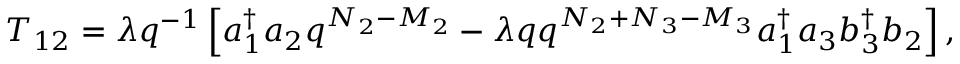
T _ { 1 2 } = \lambda q ^ { - 1 } \left[ a _ { 1 } ^ { \dag } a _ { 2 } q ^ { N _ { 2 } - M _ { 2 } } - \lambda q q ^ { N _ { 2 } + N _ { 3 } - M _ { 3 } } a _ { 1 } ^ { \dag } a _ { 3 } b _ { 3 } ^ { \dag } b _ { 2 } \right] ,